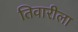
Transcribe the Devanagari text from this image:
तिवारीला